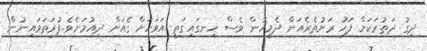
ދިގު ދަތުރަކަށް ފަހު ރަށުތެރެއަށް ދެމީހުން ވެސް ހިނގައިގަތީ އަވަހަށް ގެއަށް ދިއުމަށެވެ..ފުރަތަމައިނުން